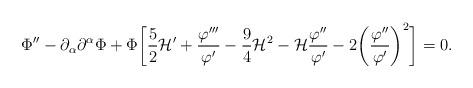
LaTeX: \begin{align*}\Phi'' - \partial_{\alpha}\partial^{\alpha} \Phi + \Phi\biggl[ \frac{5}{2}{\cal H}'+ \frac{\varphi'''}{\varphi'} - \frac{9}{4} {\cal H}^2-{\cal H} \frac{\varphi''}{\varphi'} - 2 \biggl( \frac{\varphi''}{\varphi'}\biggr)^2 \biggr]=0.\end{align*}